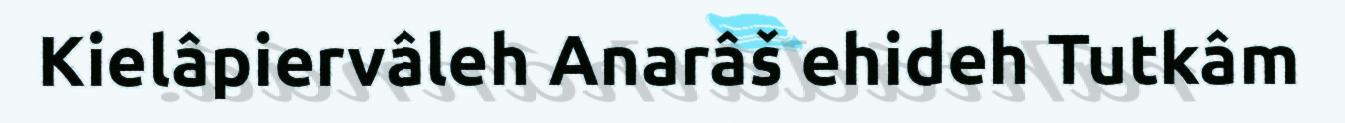
Kielâpiervâleh Anarâš ehideh Tutkâm